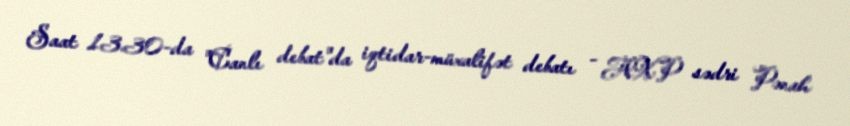
Saat 13.30-da "Canlı debat"da iqtidar-müxalifət debatı - AXP sədri Pənah